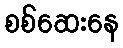
စစ်ဆေးနေ